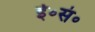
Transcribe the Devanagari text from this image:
ई॰सं॰